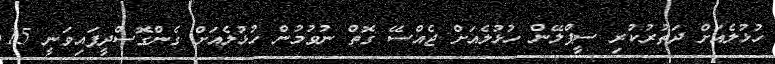
ހުޅުލެއަށް ދަތުރުކުރި ސީޕްލޭން ހުޅުލެއަށް ޖެއްސޭ ގޮތް ނުވުމުން ހުޅުލެއަށް ގެންގޮސްދީފައިވަނީ 15